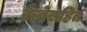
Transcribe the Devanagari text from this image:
रेल्वेसहित